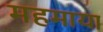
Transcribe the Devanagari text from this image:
महमाया